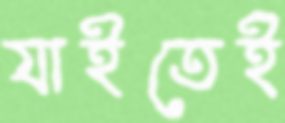
যাইতেই